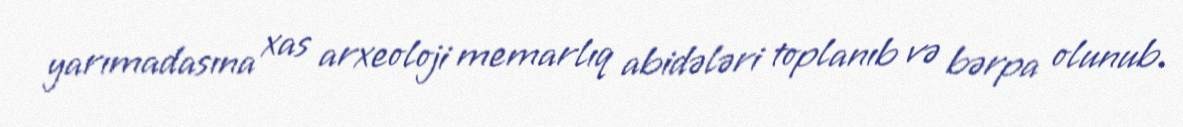
yarımadasına xas arxeoloji memarlıq abidələri toplanıb və bərpa olunub.